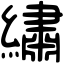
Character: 繡